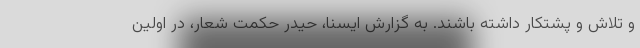
و تلاش و پشتکار داشته باشند. به گزارش ایسنا، حیدر حکمت شعار، در اولین